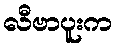
လီဗာပူးက